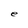
Character: e